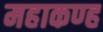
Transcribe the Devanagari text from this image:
महाकण्ह